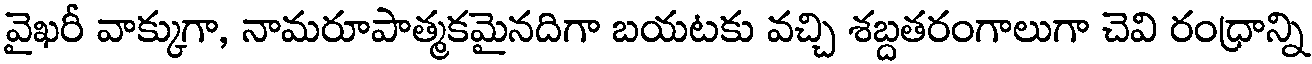
వైఖరీ వాక్కుగా, నామరూపాత్మకమైనదిగా బయటకు వచ్చి శబ్దతరంగాలుగా చెవి రంధ్రాన్ని